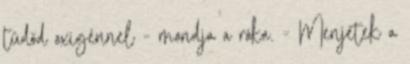
tüdőd oxigénnel - mondja a róka. - Menjetek a